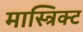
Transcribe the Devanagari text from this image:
मास्त्रिक्ट